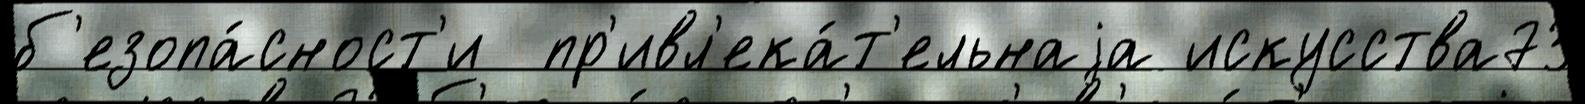
б'езопа́сност'и  пр'ивл'ека́т'ельнаjа искусства73